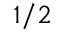
1 / 2